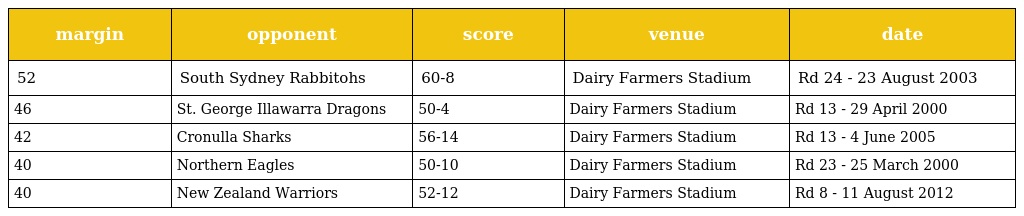
| margin | opponent | score | venue | date |
 | --- | --- | --- | --- | --- |
 | 52 | South Sydney Rabbitohs | 60-8 | Dairy Farmers Stadium | Rd 24 - 23 August 2003 |
 | 46 | St. George Illawarra Dragons | 50-4 | Dairy Farmers Stadium | Rd 13 - 29 April 2000 |
 | 42 | Cronulla Sharks | 56-14 | Dairy Farmers Stadium | Rd 13 - 4 June 2005 |
 | 40 | Northern Eagles | 50-10 | Dairy Farmers Stadium | Rd 23 - 25 March 2000 |
 | 40 | New Zealand Warriors | 52-12 | Dairy Farmers Stadium | Rd 8 - 11 August 2012 |